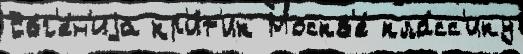
Евг'е́н'иjа кр'и́т'ик Москв'е́ кла́сс'ику